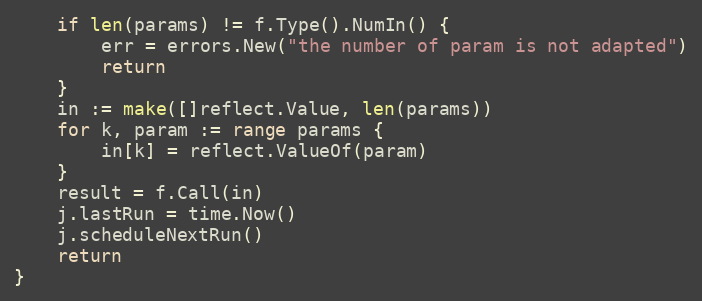
Language: Go
	if len(params) != f.Type().NumIn() {
		err = errors.New("the number of param is not adapted")
		return
	}
	in := make([]reflect.Value, len(params))
	for k, param := range params {
		in[k] = reflect.ValueOf(param)
	}
	result = f.Call(in)
	j.lastRun = time.Now()
	j.scheduleNextRun()
	return
}